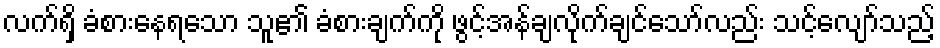
လက်ရှိ ခံစားနေရသော သူ၏ ခံစားချက်ကို ဖွင့်အန်ချလိုက်ချင်သော်လည်း သင့်လျော်သည့်